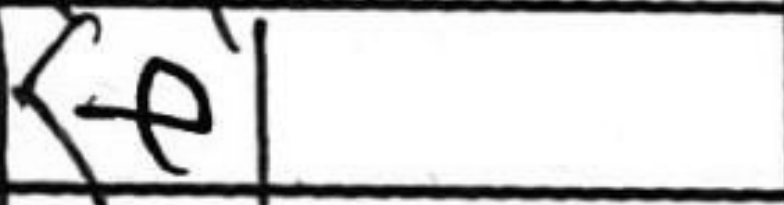
Transcription: Ke1